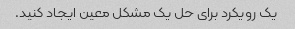
یک رویکرد برای حل یک مشکل معین ایجاد کنید.